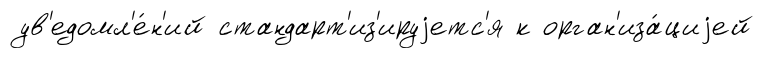
ув'едомл'е́н'ий стандарт'из'ируjетс'я к орган'иза́циjей